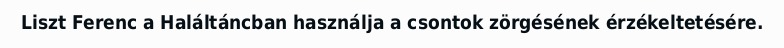
Liszt Ferenc a Haláltáncban használja a csontok zörgésének érzékeltetésére.